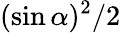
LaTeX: (\sin\alpha)^{2}/2